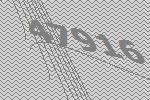
47916